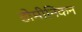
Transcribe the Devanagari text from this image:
डोमीनिकन